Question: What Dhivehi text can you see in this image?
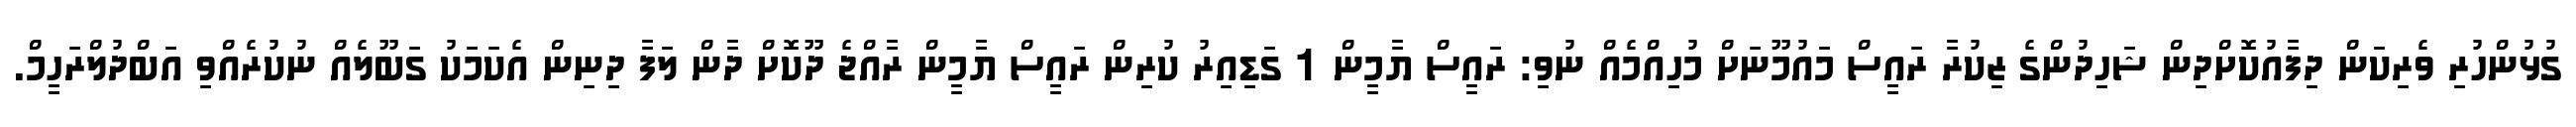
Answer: ގުޅުންހުރި ވެރިކަން ދިފާއުކޮށްދިން ޝަހިދުންގެ ޒިކުރާ ރައީސް މައުމޫނަށް މުހިއްމެއް ނުވި: ރައީސް ޔާމީން 1 ގަޑިއިރު ކުރިން ރައީސް ޔާމީން ރާއްޖެ ދޫކޮށް ދާން ލަފާ ދިނިން އެކަމަކު ގަބޫލެއް ނުކުރެއްވި އަބްދުލްރަހީމް.